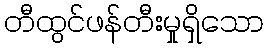
တီထွင်ဖန်တီးမှုရှိသော